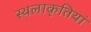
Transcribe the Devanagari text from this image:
स्थलाकृतियां